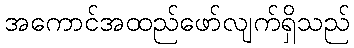
အကောင်အထည်ဖော်လျက်ရှိသည်